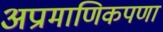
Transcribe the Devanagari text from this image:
अप्रामाणिकपणा